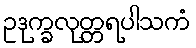
ဥဒုက္ခလုတ္တရပါသကံ